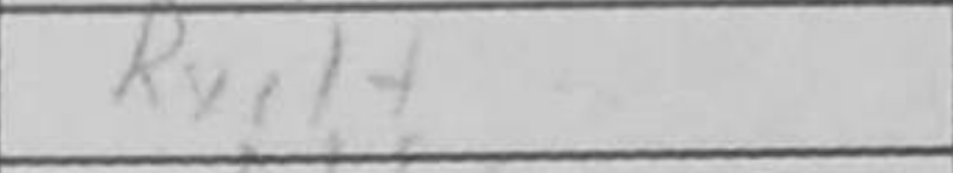
Transcription: Rxc1+